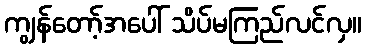
ကျွန်တော့်အပေါ် သိပ်မကြည်လင်လှ။